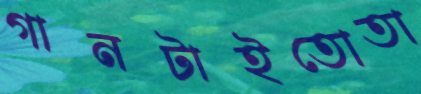
গানটাইতোতা